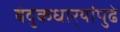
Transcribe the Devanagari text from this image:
बंदुकधार्‍यांपुढे